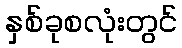
နှစ်ခုစလုံးတွင်